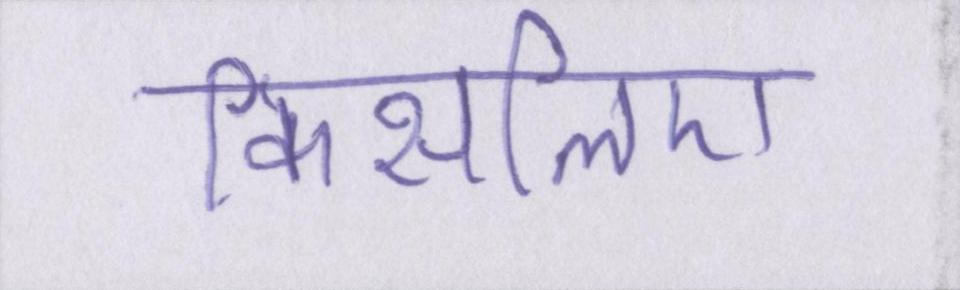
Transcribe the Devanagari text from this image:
किसलिए